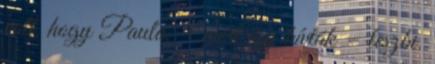
volt, hogy Paula, – mert így hívták – leszbi.